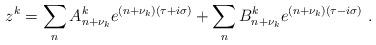
LaTeX: \begin{align*}z^k=\sum_n A_{n+\nu_k}^k e^{(n+\nu_k)(\tau+i\sigma)}+ \sum_nB_{n+\nu_k}^ke^{(n+\nu_k)(\tau-i\sigma)} \ .\end{align*}